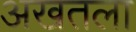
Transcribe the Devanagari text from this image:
अखतला